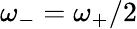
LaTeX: \omega_{-}=\omega_{+}/2